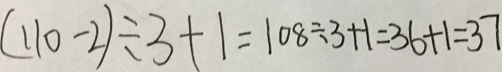
( 1 1 0 - 2 ) \div 3 + 1 = 1 0 8 \div 3 + 1 = 3 6 + 1 = 3 7